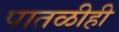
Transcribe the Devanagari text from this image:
पातळीही